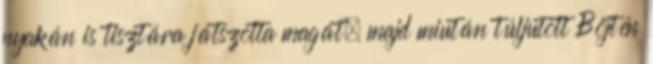
nyakán is tisztára játszotta magát, majd miután túljutott Böjtén